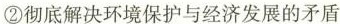
②彻底解决环境保护与经济发展的矛盾